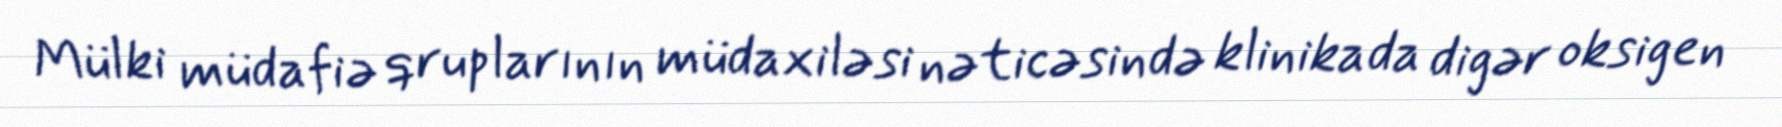
Mülki müdafiə qruplarının müdaxiləsi nəticəsində klinikada digər oksigen